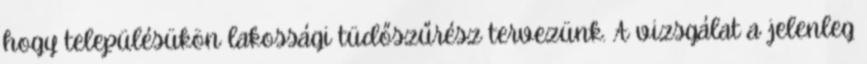
hogy településükön lakossági tüdőszűrész tervezünk. A vizsgálat a jelenleg